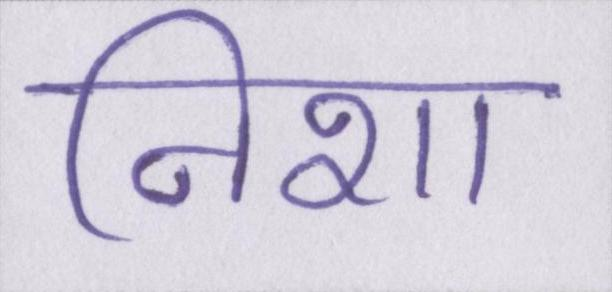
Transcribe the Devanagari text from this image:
निशा